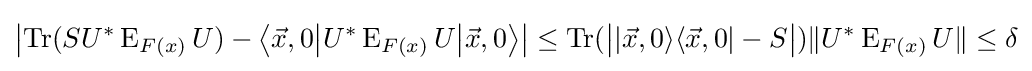
\left|\operatorname {Tr} (SU^{*}\operatorname {E} _{F(x)}U)-\left\langle {\vec {x}},0{\big |}U^{*}\operatorname {E} _{F(x)}U{\big |}{\vec {x}},0\right\rangle \right|\leq \operatorname {Tr} ({\big |}|{\vec {x}},0\rangle \langle {\vec {x}},0|-S{\big |})\|U^{*}\operatorname {E} _{F(x)}U\|\leq \delta